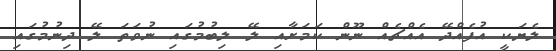
ލެޔަކީ އުފެއްދޭ އެއްޗެއް ނޫން ކަމަށާއި ލޭ ލިބުމުގައި ނުވަތަ ލޭ ދިނުމުގައި